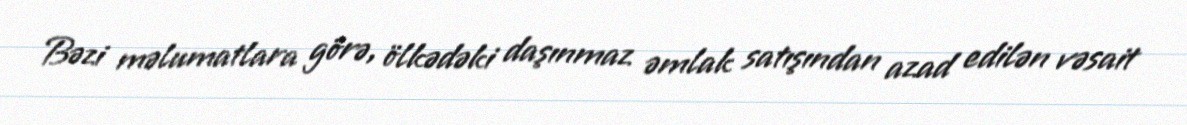
Bəzi məlumatlara görə, ölkədəki daşınmaz əmlak satışından azad edilən vəsait